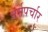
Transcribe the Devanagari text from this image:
धर्मपर्चार